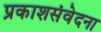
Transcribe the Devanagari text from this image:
प्रकाशसंवेदना